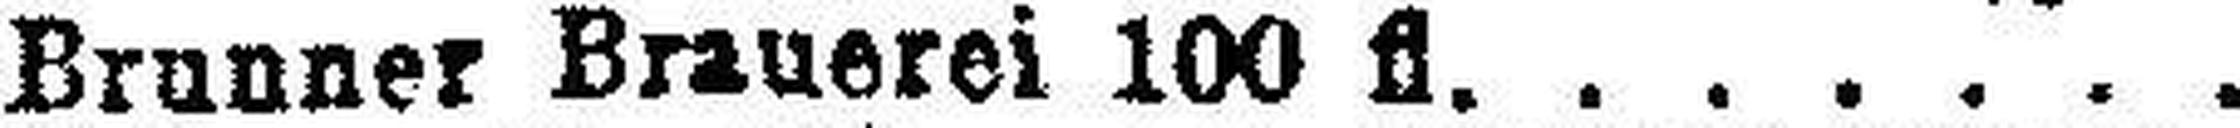
Brunner Brauerei 100 fl.